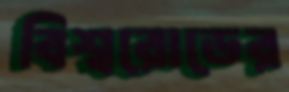
বিশ্বরোডের